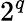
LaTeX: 2^{q}